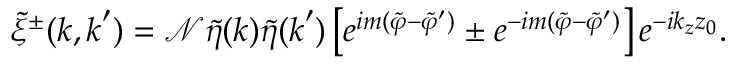
\tilde { \xi } ^ { \pm } ( \boldsymbol { k } , \boldsymbol { k } ^ { \prime } ) = \mathcal { N } \tilde { \eta } ( \boldsymbol { k } ) \tilde { \eta } ( \boldsymbol { k } ^ { \prime } ) \left[ e ^ { i m ( \tilde { \varphi } - \tilde { \varphi } ^ { \prime } ) } \pm e ^ { - i m ( \tilde { \varphi } - \tilde { \varphi } ^ { \prime } ) } \right] e ^ { - i k _ { z } z _ { 0 } } .